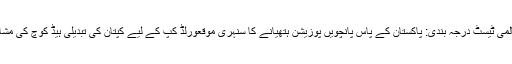
" حفیظ زخمی، عرفان طلبعالمی ٹیسٹ درجہ بندی: پاکستان کے پاس پانچویں پوزیشن ہتھیانے کا سنہری موقعورلڈ کپ کے لیے کپتان کی تبدیلی ہیڈ کوچ کی مشاورت سے ہوگی: معین خان